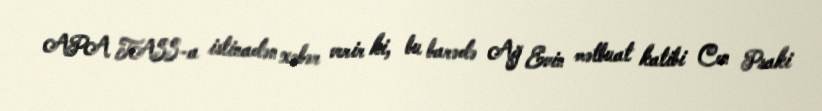
APA TASS-a istinadən xəbər verir ki, bu barədə Ağ Evin mətbuat katibi Cen Psaki